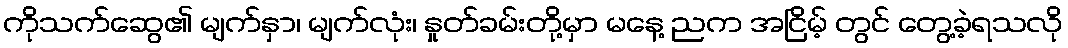
ကိုသက်ဆွေ၏ မျက်နှာ၊ မျက်လုံး၊ နှုတ်ခမ်းတို့မှာ မနေ့ ညက အငြိမ့် တွင် တွေ့ခဲ့ရသလို